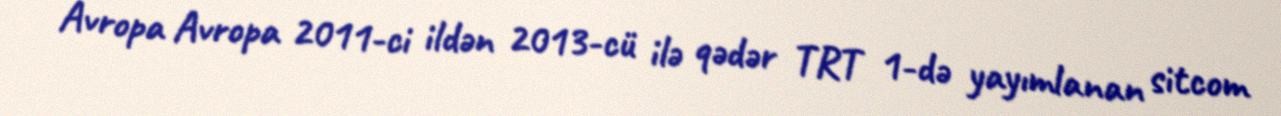
Avropa Avropa 2011-ci ildən 2013-cü ilə qədər TRT 1-də yayımlanan sitcom